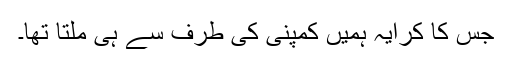
جس کا کرایہ ہمیں کمپنی کی طرف سے ہی ملتا تھا۔